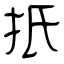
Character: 扺